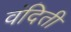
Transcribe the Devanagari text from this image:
वंदिती